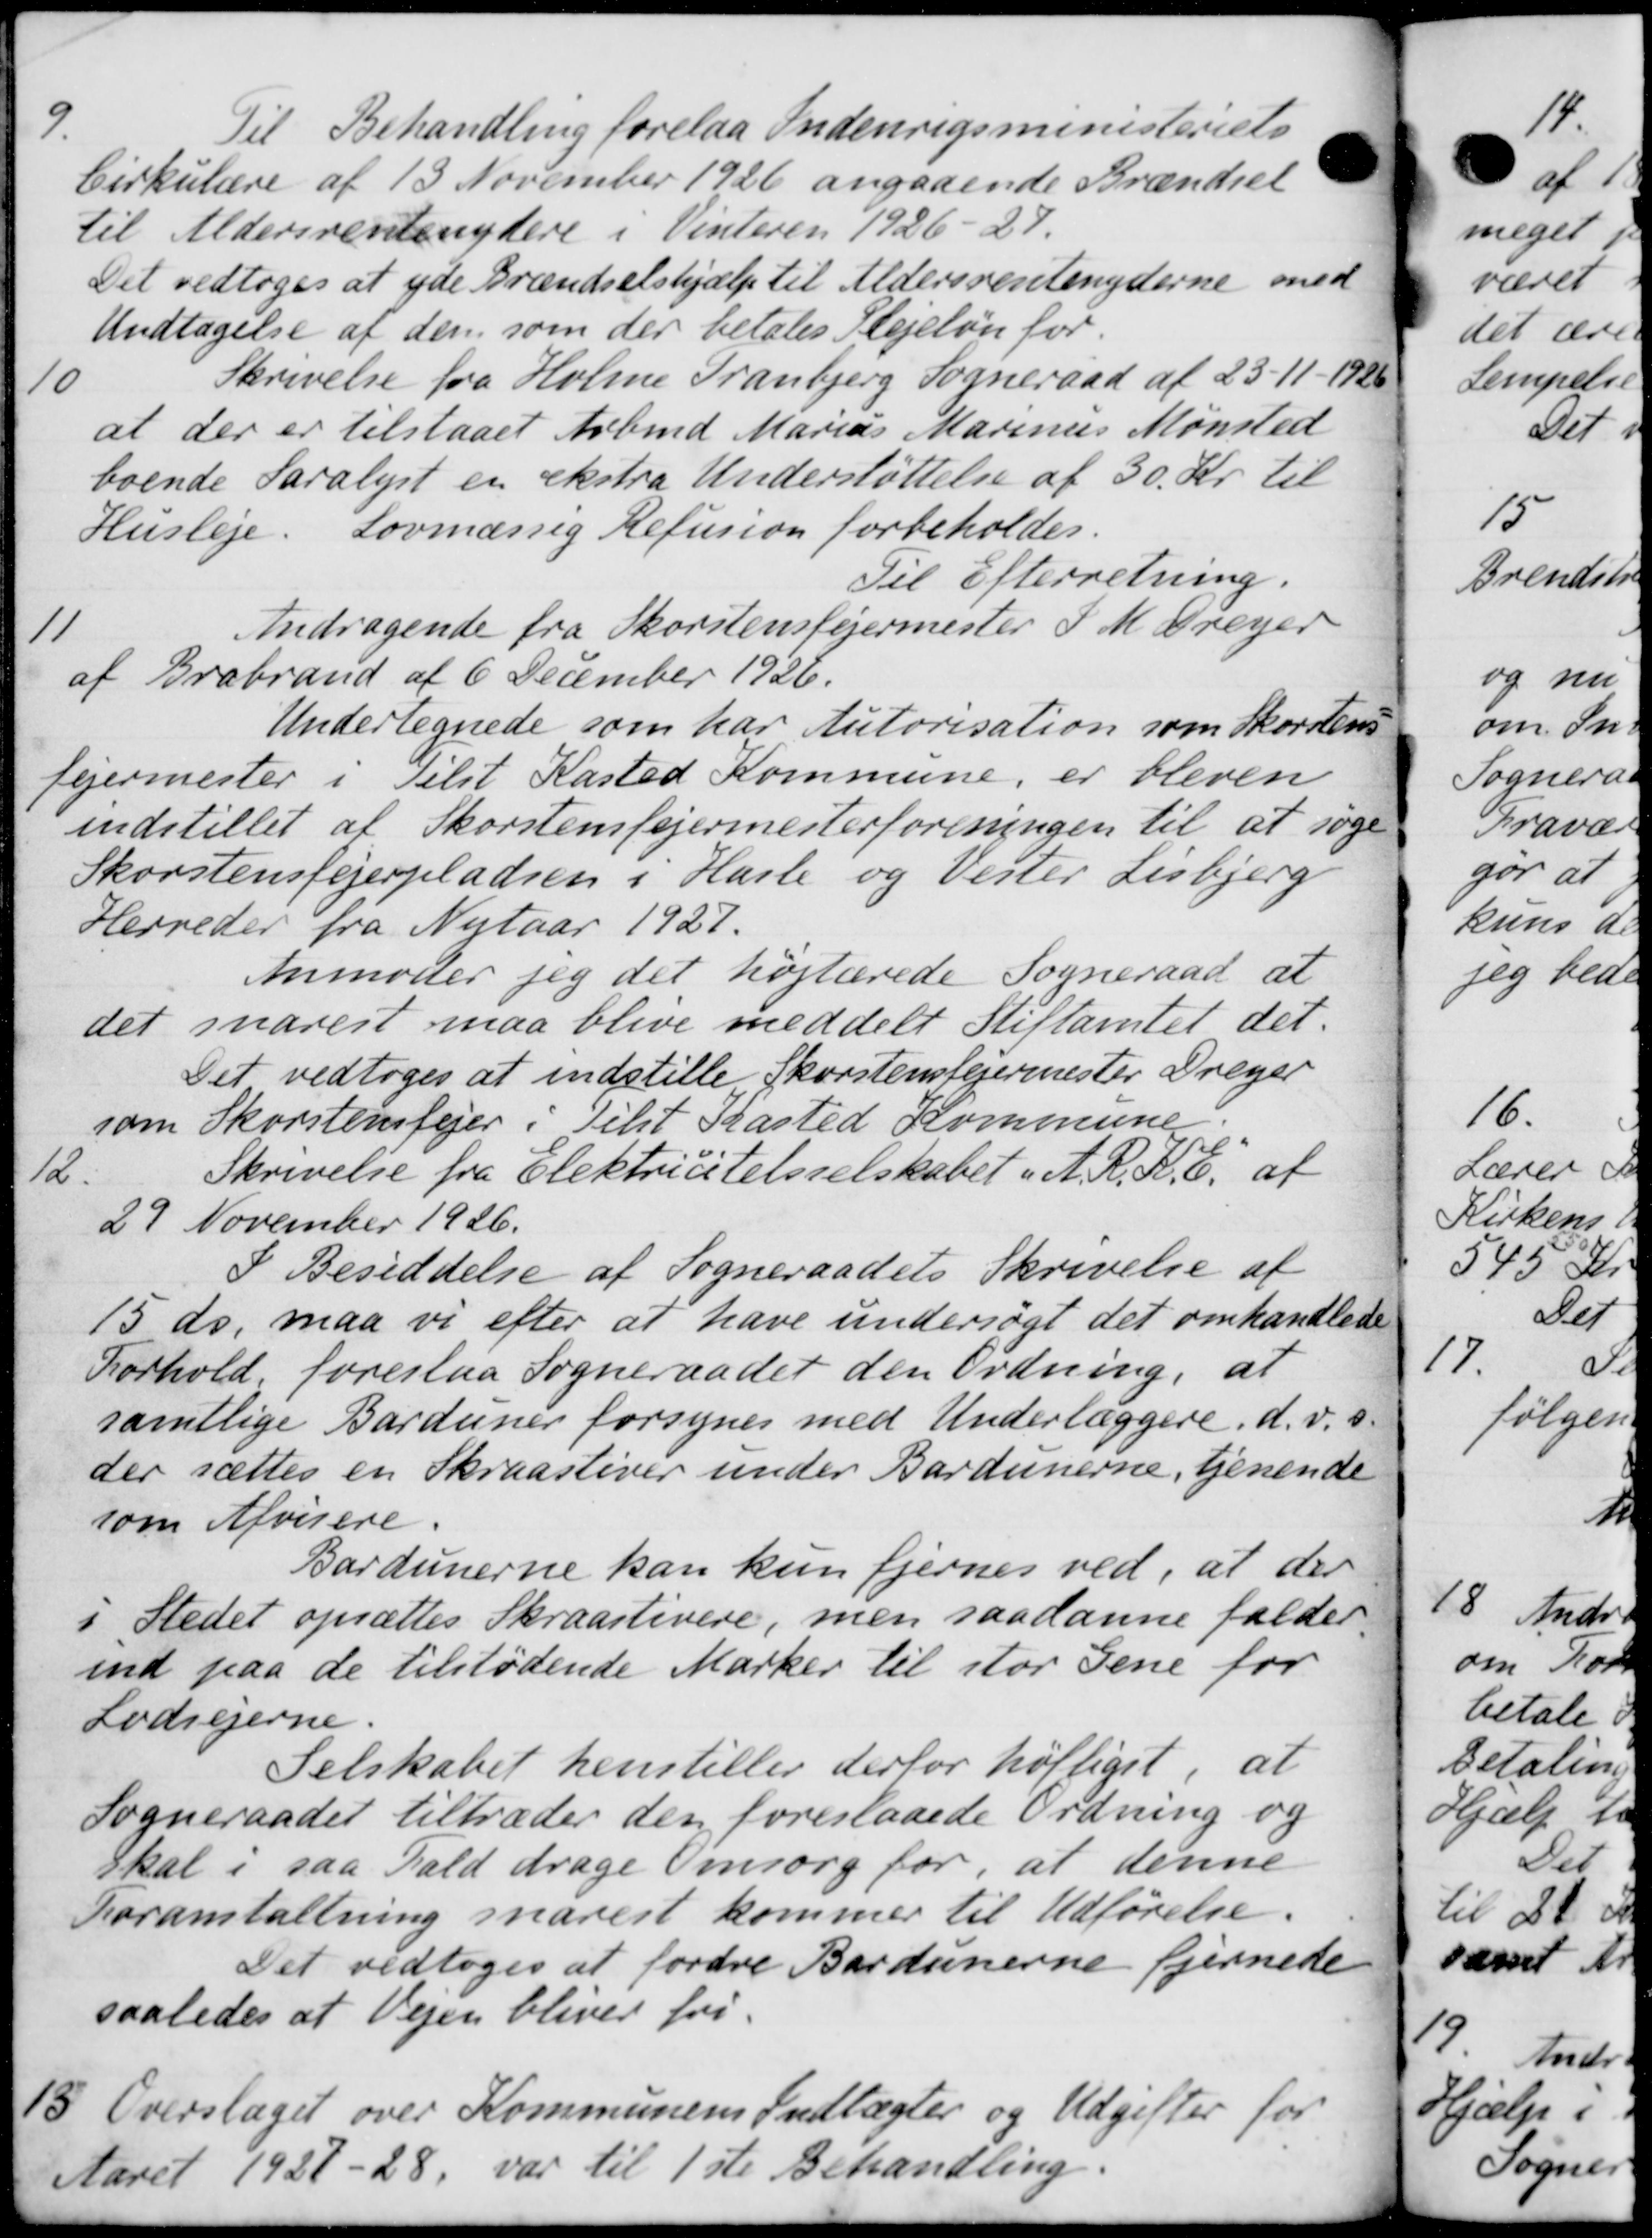
Transskription:
9.
Til Behandling forelaa Indenrigsministeriets
Cirkulære af 13 November 1926 angaaende Brændsel
til Aldersrentenydere i Vinteren 1926-27.
Det vedtoges at yde Brændselshjælp til Aldersrentenyderne med
Undtagelse af den som der betales Plejeløn for
10
Skrivelse fra Holme Tranbjerg Sogneraad af 23-11-1926
at der er tilstaaet Arbmd Marius Marinus Mønsted
boende Saralyst en ekstra Understøttelse af 30 Kr. til
Husleje.
Lovmæssig Refusion forbeholdes.
Til Efterretning.
11
Andragende fra Skorstensfejermester J. M. Dreyer
af Brabrand af 6 December 1926.
Undertegnede som har Autorisation som Skorstens
fejermester i Tilst Kasted Kommune, er bleven
indstillet af Skorstensfejermesterforeningen til at søge
Skorstensfejerpladsen i Hasle og Vester Lisbjerg
Herreder fra Nytaar 1927.
Anmoder jeg det højtærede Sogneraad at
det snarest maa blive meddelt Stiftamtet det.
Det vedtoges at indstille Skorstensfejermester Dreger
som Skorstensfejer i Tilst Kasted Kommune.
12.
Skrivelse fra Elektricitetsselskabet " A. R. K. E. af
29 November 1926.
I Besiddelse af Sogneraadets Skrivelse af
15 ds. maa vi efter at have undersøgt det omhandlede
Forhold, foreslaa Sogneraadet den Ordning, at
samtlige Barduner forsynes med Underlæggere d. v. s.
der sættes en Skraastiver under Bardunerne, tjenende
som Afvisere.
Bardunerne kan kun fjernes ved, at der
i Stedet opsættes Skraastivere, men saadanne falder
ind paa de tilstødende Marker til stor Gene for
Lodsejerne.
Selskabet henstiller derfor højtiget, at
Sogneraadet tiltræder den foreslaaede Ordning og
skal i saa Fald drage Omsorg for, at denne
Foranstaltning snarest kommer til Udførelse.
Det vedtoges at fordre Bardunerne fjernede
saaledes at Vejen bliver fri
13.
Overslaget over Kommunens Indtægter og Udgifter for
Aaret 1927-28, var til 1ste Behandling